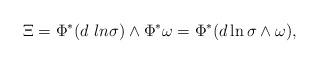
LaTeX: \begin{align*}\Xi=\Phi^* (d \ ln \sigma) \wedge \Phi^*\omega=\Phi^*(d \ln\sigma \wedge \omega),\end{align*}